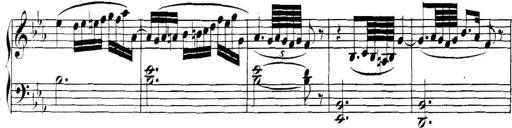
Title: Collected Piano Sonatas
Composer: Muzio Clementi